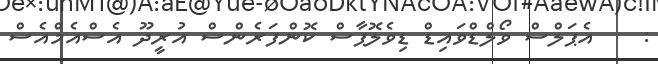
:    އެޕަލްސް ވޯލްޑްވައިޑް ޑިވެލޮޕާސް ކޮންފަރެންސް އުރީދޫ އެސްއެމްއެސް